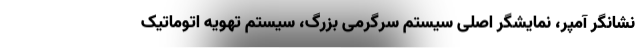
نشانگر آمپر، نمایشگر اصلی سیستم سرگرمی بزرگ، سیستم تهویه اتوماتیک